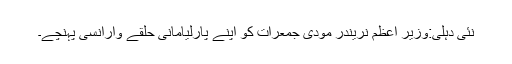
نئی دہلی:وزیر اعظم نریندر مودی جمعرات کو اپنے پارلیامانی حلقے وارانسی پہنچے۔